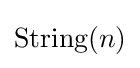
\operatorname {String} (n)